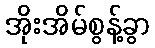
အိုးအိမ်စွန့်ခွာ